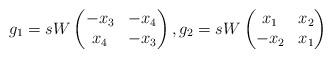
LaTeX: \begin{align*}g_1=sW\begin{pmatrix}-x_3&-x_4\\x_4&-x_3\end{pmatrix},g_2=sW\begin{pmatrix}x_1&x_2\\-x_2&x_1\end{pmatrix}\end{align*}